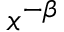
x ^ { - \beta }